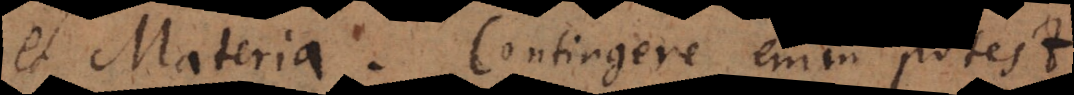
et Materia. Contingere enim potest